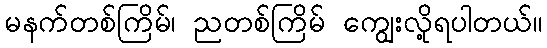
မနက်တစ်ကြိမ်၊ ညတစ်ကြိမ် ကျွေးလို့ရပါတယ်။